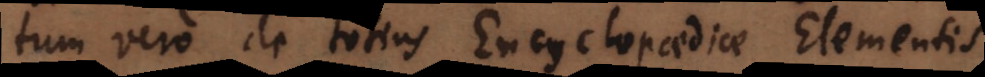
tum vero de totius Encyclopaediae Elementis,